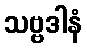
သဗ္ဗဒါနံ